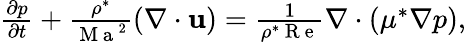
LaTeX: \begin{array}{r}{\frac{\partial p}{\partial t}+\frac{\rho^{*}}{{\mathrm{~M~a~}}^{2}}\left(\nabla\cdot\mathbf{u}\right)=\frac{1}{\rho^{*}\mathrm{~R~e~}}\nabla\cdot\left(\mu^{*}\nabla p\right),}\end{array}